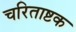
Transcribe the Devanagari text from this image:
चरिताष्टक